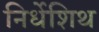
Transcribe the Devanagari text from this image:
निर्धेशिथ